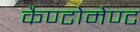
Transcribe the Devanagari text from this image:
कैण्‍टोमेण्‍ट